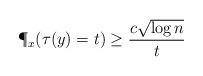
LaTeX: \begin{align*} \P_x(\tau(y) = t) \ge \frac{c \sqrt{\log n}}{t}\end{align*}